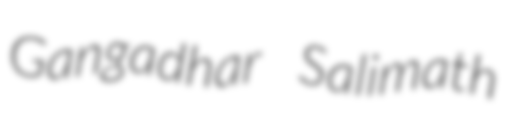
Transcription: Gangadhar Salimath